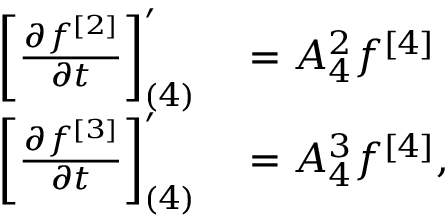
\begin{array} { r l } { \left[ \ensuremath { \frac { \partial f ^ { [ 2 ] } } { \partial t } } \right] _ { ( 4 ) } ^ { \prime } } & { { } = A _ { 4 } ^ { 2 } f ^ { [ 4 ] } } \\ { \left[ \ensuremath { \frac { \partial f ^ { [ 3 ] } } { \partial t } } \right] _ { ( 4 ) } ^ { \prime } } & { { } = A _ { 4 } ^ { 3 } f ^ { [ 4 ] } , } \end{array}